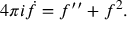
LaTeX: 4 \pi i \dot { f } = f ^ { \prime \prime } + f ^ { 2 } .